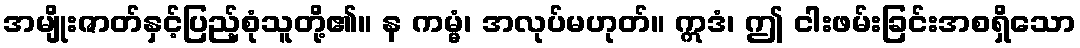
အမျိုးဇာတ်နှင့်ပြည့်စုံသူတို့၏။ န ကမ္မံ၊ အလုပ်မဟုတ်။ ဣဒံ၊ ဤ ငါးဖမ်းခြင်းအစရှိသော